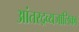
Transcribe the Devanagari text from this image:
आंतरद्रव्यजालिका